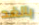
بالغد